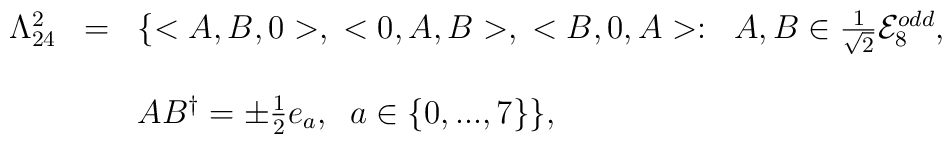
\begin{array}{lll}\Lambda_{24}^{2} &=& \{<A,B,0>,\; <0,A,B>,\; <B,0,A>: \; \; A,B \in \frac{1}{\sqrt{2}}{\cal E}_{8}^{odd}, \\ \\&& AB^{\dagger} =\pm\frac{1}{2}e_{a}, \; \; a\in \{0,...,7\}\},\end{array}